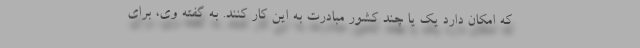
که امکان دارد یک یا چند کشور مبادرت به این کار کنند. به گفته وی، برای